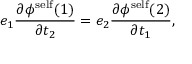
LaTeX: e _ { 1 } \frac { { \partial } { \phi } ^ { \mathrm { s e l f } } ( 1 ) } { { \partial } t _ { 2 } } = e _ { 2 } \frac { { \partial } { \phi } ^ { \mathrm { s e l f } } ( 2 ) } { { \partial } t _ { 1 } } ,